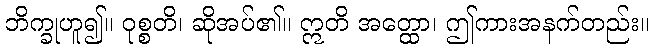
ဘိက္ခုဟူ၍။ ဝုစ္စတိ၊ ဆိုအပ်၏။ ဣတိ အတ္ထော၊ ဤကားအနက်တည်း။